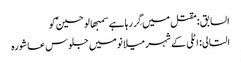
السابق: مقتل میں گِر رہا ہے سمبھالو حسینؑ کو
التالی: اٹلی کے شہر میلانو میں جلوس عاشورہ